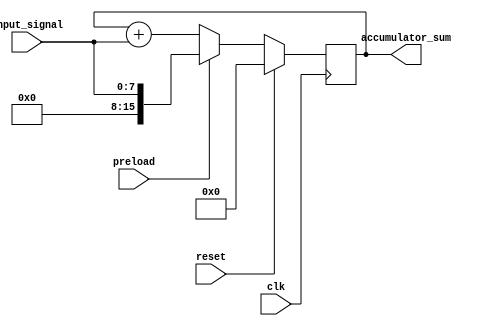
module accumulator (
    input clk,          // Clock signal
    input reset,        // Reset signal (resets accumulator to zero)
    input preload,      // Preload signal (loads specific value to accumulator)
    input [7:0] input_signal, // Input signal
    output reg [15:0] accumulator_sum // Accumulated sum output
);

reg [15:0] accumulator_reg; // Accumulator register

always @(posedge clk) begin
    if (reset) begin
        accumulator_reg <= 16'h0000; // Reset accumulator to zero
    end else if (preload) begin
        accumulator_reg <= {8'b00000000, input_signal}; // Preload specific value to accumulator
    end else begin
        accumulator_reg <= accumulator_reg + input_signal; // Accumulate input signal
    end
end

assign accumulator_sum = accumulator_reg; // Output the accumulated sum

endmodule